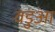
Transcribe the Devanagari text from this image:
वडुआ